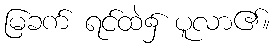
မြခက် ရင်ထဲ၌ ပူလာ၏။